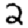
Digit: 2